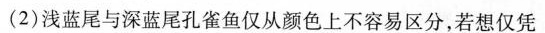
(2)浅蓝尾与深蓝尾孔雀鱼仅从颜色上不容易区分，若想仅凭